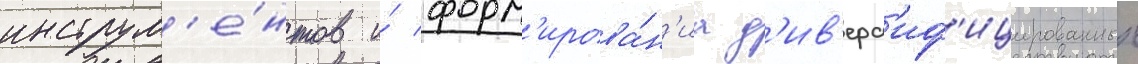
инструм'е́нтов и́ форм'ирова́н'иа д'ив'ерс'иф'ицированных